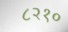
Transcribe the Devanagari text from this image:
८२१०